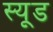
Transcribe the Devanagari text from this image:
स्यूड